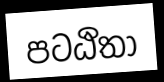
පටඨිතා